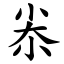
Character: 尜